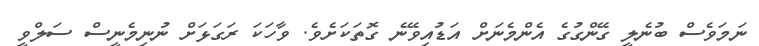
ނަމަވެސް ބުނެލީ ގޭންގުގެ އެންމެނަށް އަޑުއިވޭނެ ގޮތަކަށެވެ. ވާހަކަ ރަގަޅަށް ނުނިމެނީސް ސަލްވީ